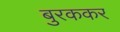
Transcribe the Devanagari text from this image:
बुरककर